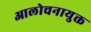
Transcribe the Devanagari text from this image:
आलोचनायुक्त